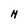
Character: N